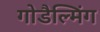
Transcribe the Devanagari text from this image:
गोडैल्मिंग